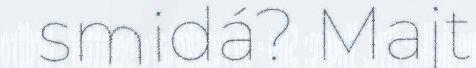
smidá? Majt